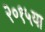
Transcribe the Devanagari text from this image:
२०१५या